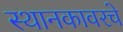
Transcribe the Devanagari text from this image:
स्थानकावरचे